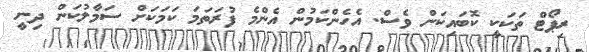
ރިޕޯޓް ތަކަކީ ކޮބައިކަން ވެސް. އެހެންކަމުން އެންމެ ފުރަތަމަ ކަމަކަށް ސަމާލުކަން ދިނީ